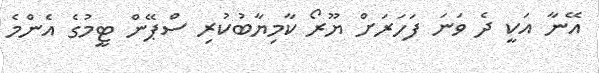
އޭނާ އަކީ ދެ ވަނަ ފަހަރަށް ޔޫރޯ ކާމިޔާބުކުރި ސްޕޭން ޓީމުގެ އެންމެ